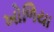
ખોળિયા